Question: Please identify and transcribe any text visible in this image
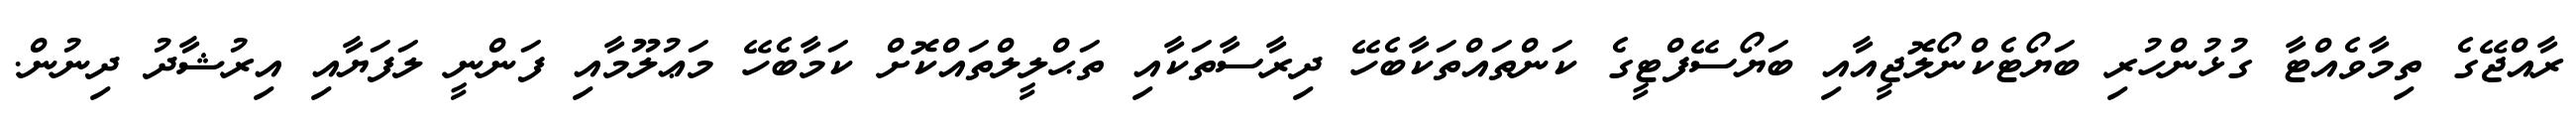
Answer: ރާއްޖޭގެ ތިމާވެއްޓާ ގުޅުންހުރި ބަޔޯޓެކްނޯލޮޖީއާއި ބަޔޯސޭފްޓީގެ ކަންތައްތަކާބެހޭ ދިރާސާތަކާއި ތަޙްލީލްތައްކޮށް ކަމާބެހޭ މަޢުލޫމާއި ފަންނީ ލަފަޔާއި އިރުޝާދު ދިނުން.